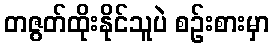
တဇွတ်ထိုးနိုင်သူပဲ စဉ်းစားမှာ